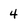
Character: 4